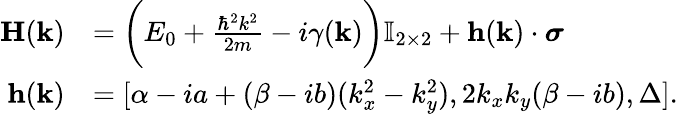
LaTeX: \begin{array}{rl}{\mathbf{H}(\mathbf{k})}&{=\bigg(E_{0}+\frac{\hbar^{2}k^{2}}{2m}-i\gamma(\mathbf{k})\bigg)\mathbb{I}_{2\times 2}+\mathbf{h}(\mathbf{k})\cdot\boldsymbol\sigma}\\ {\mathbf{h}(\mathbf{k})}&{=[\alpha-ia+(\beta-ib)(k_{x}^{2}-k_{y}^{2}),2k_{x}k_{y}(\beta-ib),\Delta].}\end{array}